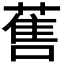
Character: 𱾖